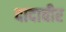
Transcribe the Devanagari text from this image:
दादावीर